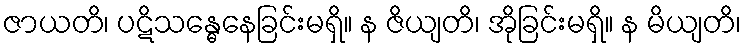
ဇာယတိ၊ ပဋိသန္ဓေနေခြင်းမရှိ။ န ဇိယျတိ၊ အိုခြင်းမရှိ။ န မိယျတိ၊